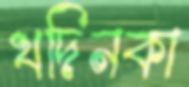
খদিনকা